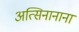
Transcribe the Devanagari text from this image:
अत्सिनानाना